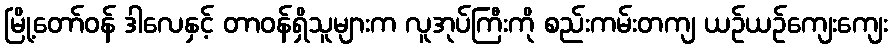
မြို့တော်ဝန် ဒါလေနှင့် တာဝန်ရှိသူများက လူအုပ်ကြီးကို စည်းကမ်းတကျ ယဉ်ယဉ်ကျေးကျေး